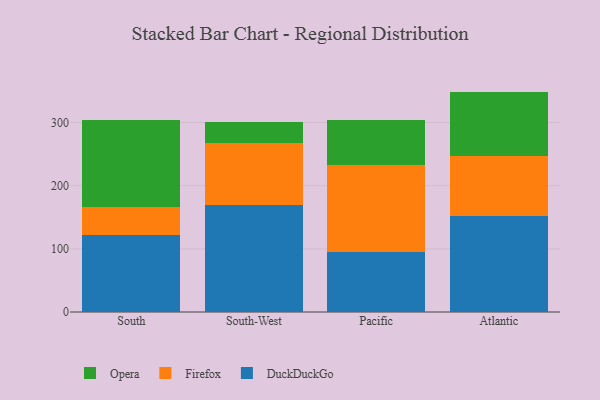
{"axis": {"x": "Region", "y": "Satisfaction Score"}, "legend": ["DuckDuckGo", "Firefox", "Opera"], "data": [{"x": "South", "y": 122.1, "type": "DuckDuckGo"}, {"x": "South", "y": 43.8, "type": "Firefox"}, {"x": "South", "y": 138.2, "type": "Opera"}, {"x": "South-West", "y": 169.4, "type": "DuckDuckGo"}, {"x": "South-West", "y": 98.7, "type": "Firefox"}, {"x": "South-West", "y": 33.3, "type": "Opera"}, {"x": "Pacific", "y": 94.8, "type": "DuckDuckGo"}, {"x": "Pacific", "y": 137.2, "type": "Firefox"}, {"x": "Pacific", "y": 71.9, "type": "Opera"}, {"x": "Atlantic", "y": 151.7, "type": "DuckDuckGo"}, {"x": "Atlantic", "y": 95.5, "type": "Firefox"}, {"x": "Atlantic", "y": 101.7, "type": "Opera"}]}